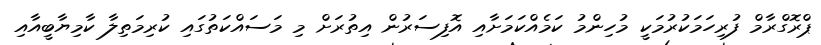
ޕްރޮގްރާމް ފުރިހަމަކުރުމަކީ މުހިންމު ކަމެއްކަމަށާއި އޮފިސަރުން އިތުރަށް މި މަސައްކަތުގައި ކުރިމަތިލާ ކާމިޔާބީއާއި